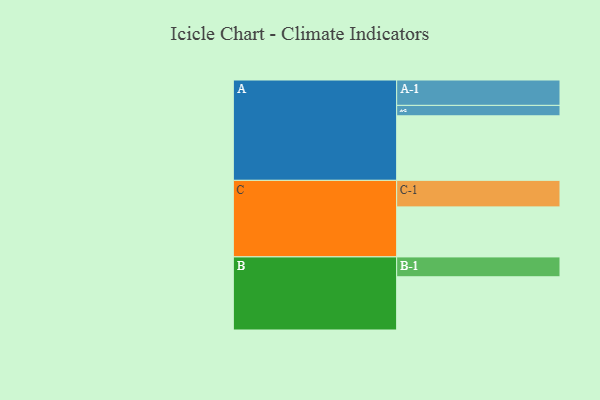
{"axis": {"x": "Segment", "y": "Value"}, "legend": ["", "A", "B", "C"], "data": [{"x": "A", "y": 445, "type": ""}, {"x": "B", "y": 367, "type": ""}, {"x": "C", "y": 345, "type": ""}, {"x": "A-1", "y": 175, "type": "A"}, {"x": "A-2", "y": 72, "type": "A"}, {"x": "B-1", "y": 137, "type": "B"}, {"x": "C-1", "y": 183, "type": "C"}]}